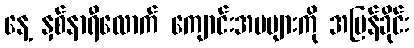
နေ့ နှစ်နာရီလောက် ကျောင်းအမများကို အပြန်ခိုင်း